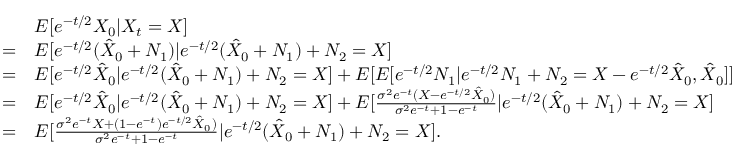
\begin{array} { r l } & { E [ e ^ { - t / 2 } X _ { 0 } | X _ { t } = X ] } \\ { = } & { E [ e ^ { - t / 2 } ( \hat { X } _ { 0 } + N _ { 1 } ) | e ^ { - t / 2 } ( \hat { X } _ { 0 } + N _ { 1 } ) + N _ { 2 } = X ] } \\ { = } & { E [ e ^ { - t / 2 } \hat { X } _ { 0 } | e ^ { - t / 2 } ( \hat { X } _ { 0 } + N _ { 1 } ) + N _ { 2 } = X ] + E [ E [ e ^ { - t / 2 } N _ { 1 } | e ^ { - t / 2 } N _ { 1 } + N _ { 2 } = X - e ^ { - t / 2 } \hat { X } _ { 0 } , \hat { X } _ { 0 } ] ] } \\ { = } & { E [ e ^ { - t / 2 } \hat { X } _ { 0 } | e ^ { - t / 2 } ( \hat { X } _ { 0 } + N _ { 1 } ) + N _ { 2 } = X ] + E [ \frac { \sigma ^ { 2 } e ^ { - t } ( X - e ^ { - t / 2 } \hat { X } _ { 0 } ) } { \sigma ^ { 2 } e ^ { - t } + 1 - e ^ { - t } } | e ^ { - t / 2 } ( \hat { X } _ { 0 } + N _ { 1 } ) + N _ { 2 } = X ] } \\ { = } & { E [ \frac { \sigma ^ { 2 } e ^ { - t } X + ( 1 - e ^ { - t } ) e ^ { - t / 2 } \hat { X } _ { 0 } ) } { \sigma ^ { 2 } e ^ { - t } + 1 - e ^ { - t } } | e ^ { - t / 2 } ( \hat { X } _ { 0 } + N _ { 1 } ) + N _ { 2 } = X ] . } \end{array}